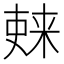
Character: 𫣚